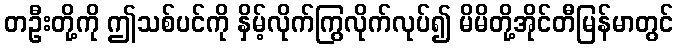
တဦးတို့ကို ဤသစ်ပင်ကို နှိမ့်လိုက်ကြွလိုက်လုပ်၍ မိမိတို့အိုင်တီမြန်မာတွင်